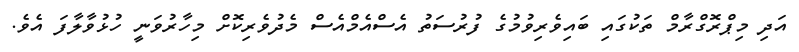
އަދި މިޕްރޮގްރާމް ތަކުގައި ބައިވެރިވުމުގެ ފުރުސަތު އެސްއެމްއެސް މެދުވެރިކޮށް މިހާރުވަނީ ހުޅުވާލާފަ އެވެ.